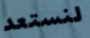
لنستعد